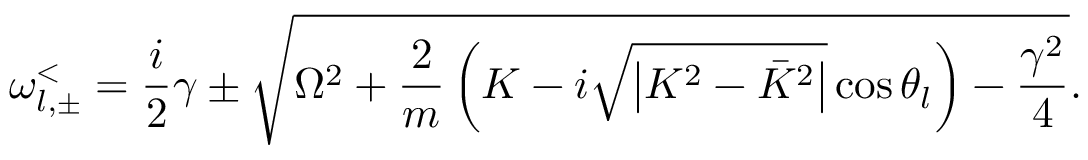
\omega _ { l , \pm } ^ { < } = \frac { i } { 2 } \gamma \pm \sqrt { \Omega ^ { 2 } + \frac { 2 } { m } \left( K - i \sqrt { \left| K ^ { 2 } - \bar { K } ^ { 2 } \right| } \cos \theta _ { l } \right) - \frac { \gamma ^ { 2 } } { 4 } } .